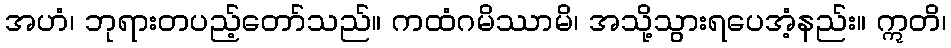
အဟံ၊ ဘုရားတပည့်တော်သည်။ ကထံဂမိဿာမိ၊ အသို့သွားရပေအံ့နည်း။ ဣတိ၊